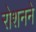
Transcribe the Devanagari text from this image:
रोशनने